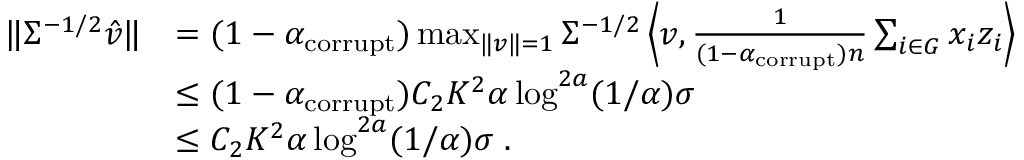
\begin{array} { r l } { \| \Sigma ^ { - 1 / 2 } \hat { v } \| } & { = ( 1 - \alpha _ { \mathrm { c o r r u p t } } ) \operatorname* { m a x } _ { \| v \| = 1 } \Sigma ^ { - 1 / 2 } \left\langle v , \frac { 1 } { ( 1 - \alpha _ { \mathrm { c o r r u p t } } ) n } \sum _ { i \in G } x _ { i } z _ { i } \right\rangle } \\ & { \leq ( 1 - \alpha _ { \mathrm { c o r r u p t } } ) C _ { 2 } K ^ { 2 } \alpha \log ^ { 2 a } ( 1 / \alpha ) \sigma } \\ & { \leq C _ { 2 } K ^ { 2 } \alpha \log ^ { 2 a } ( 1 / \alpha ) \sigma \; . } \end{array}